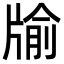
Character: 牏